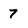
Character: 7